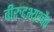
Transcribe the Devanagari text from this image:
वीरुद्भ्यश्चैव